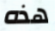
هذه